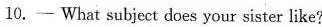
10.— What subject does your sister like?